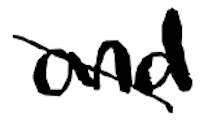
Text: and
Cross-out: diagonal
Writing tool: digital_black